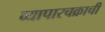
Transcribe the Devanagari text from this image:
व्यापारचक्राची